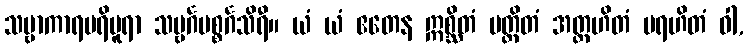
သဗ္ဗာကာရပရိပူရာ သဗ္ဗင်္ဂပစ္စင်္ဂသိရီ။ ယံ ယံ ဧတေန ဣစ္ဆိတံ ပတ္ထိတံ အတ္တဟိတံ ပရဟိတံ ဝါ,